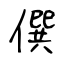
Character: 僎